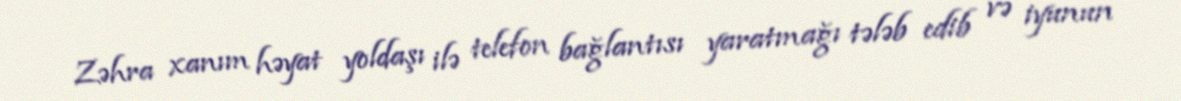
Zəhra xanım həyat yoldaşı ilə telefon bağlantısı yaratmağı tələb edib və iyunun